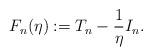
LaTeX: \begin{align*}F_n(\eta):=T_n-\frac{1}{\eta}I_n.\end{align*}